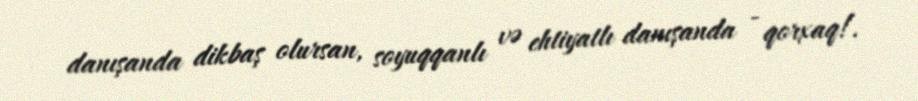
danışanda dikbaş olursan, soyuqqanlı və ehtiyatlı danışanda - qorxaq!.